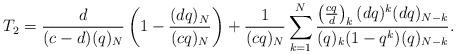
LaTeX: \begin{align*}T_2= \frac{d}{(c-d)(q)_N}\left(1-\frac{(dq)_N}{(cq)_N}\right) +\frac{1}{(cq)_N} \sum_{k=1}^N \frac{\left(\frac{cq}{d}\right)_k (dq)^k(dq)_{N-k}}{(q)_k (1-q^k)(q)_{N-k} }.\end{align*}